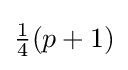
{\textstyle {\frac {1}{4}}(p+1)}